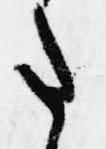
た